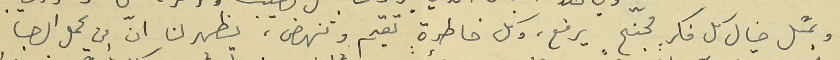
ويمثل خيال كل فكرٍ مجنّح يرفع، وكل خاطرة تقيم وتنهض، يظهرن لنا انّ من يحمل الصبا